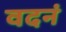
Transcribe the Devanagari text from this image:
वदनं